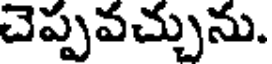
చెప్పవచ్చును.